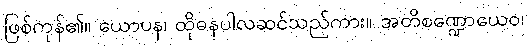
ဖြစ်ကုန်၏။ ယောပန၊ ထိုဓနပါလဆင်သည်ကား။ အတိစဏ္ဍောယေဝ၊